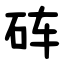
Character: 砗